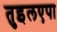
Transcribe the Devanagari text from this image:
तुइलएपा